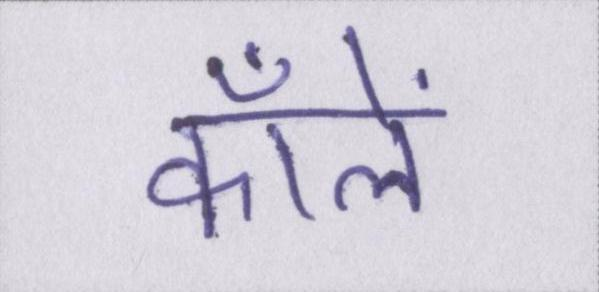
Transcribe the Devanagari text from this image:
कॉलें